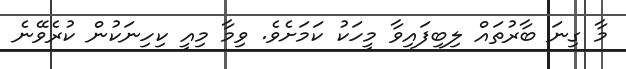
މާ ގިނަ ބާރުތައް ލިބިފައިވާ މީހަކު ކަމަށެވެ. ވިމާ މިއީ ކިހިނަކުން ކުރެވޭނެ